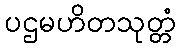
ပဌမဟိတသုတ္တံ